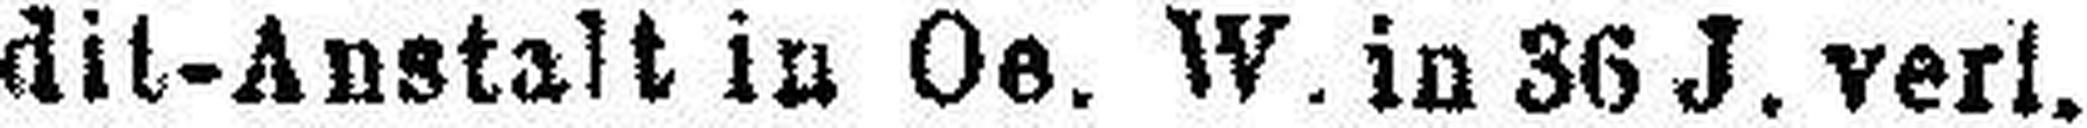
dit-Anstalt in Oe. W in 36 J. verl.